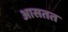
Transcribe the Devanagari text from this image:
आसतत